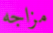
مزاجه